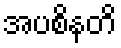
အပစိနတိ